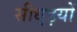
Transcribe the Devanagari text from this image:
सीध्इयों